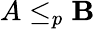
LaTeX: A\leq_{p}\mathbf{B}